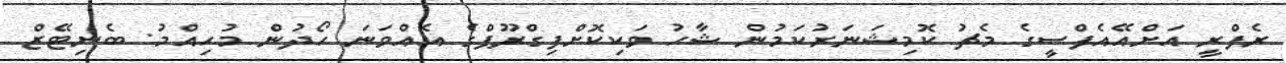
ރެފްރީ އަށްއޭއެފްސީގެ މެޗު ކޮމިޝަނަރުކަމުން ޝާހު ވަކިކޮށްފިގްރޫޕްގެ އެއްވަނަ ހޯދުން މުހިއްމު: ބެނިޓޭޒް